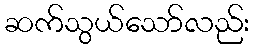
ဆက်သွယ်သော်လည်း